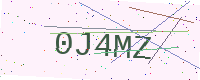
Text: 0J4MZ